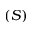
\left( S \right)